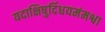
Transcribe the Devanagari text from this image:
यदाक्षिषुर्दिधयमंमश्वा